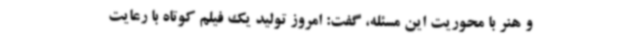
و هنر با محوریت این مسئله، گفت: امروز تولید یک فیلم کوتاه با رعایت